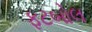
ફટબોલ